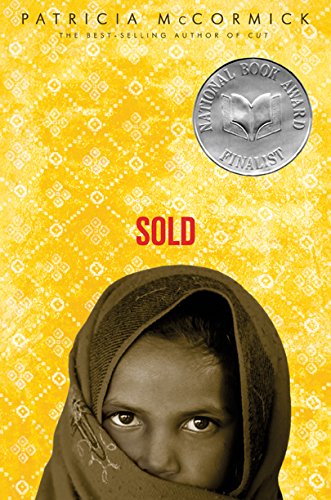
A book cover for SOLD; Patricia McCormick; Teen & Young Adult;